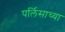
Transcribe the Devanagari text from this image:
पर्लिसाच्या